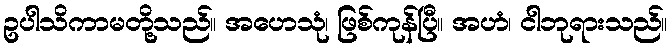
ဥပါသိကာမတို့သည်။ အဟေသုံ၊ ဖြစ်ကုန်ပြီ။ အဟံ၊ ငါဘုရားသည်။